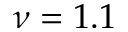
\nu = 1 . 1